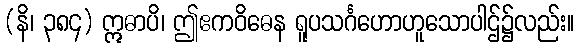
(နိ၊ ၃၈၄) ဣဓာပိ၊ ဤဧကဝိဓေန ရူပသင်္ဂဟောဟူသောပါဌ်၌လည်း။